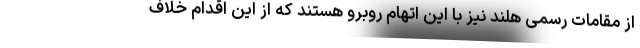
از مقامات رسمی هلند نیز با این اتهام روبرو هستند که از این اقدام خلاف